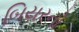
બિયરનો